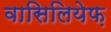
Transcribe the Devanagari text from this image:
वासिलियेफ़